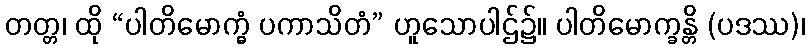
တတ္တ၊ ထို “ပါတိမောက္ခွံ ပကာသိတံ” ဟူသောပါဌ်၌။ ပါတိမောက္ခန္တိ (ပဒဿ)၊